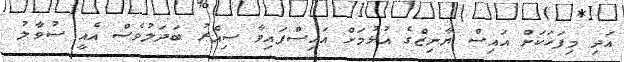
އަދި މިފަހަކަށް އައިސް ޔާނިޒްގެ އުޅުމަށް އައިސްފައިވާ ސިއްރު ބަދަލުވެސް އެއީ ސުވާލު